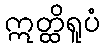
ဣတ္ထိရူပံ